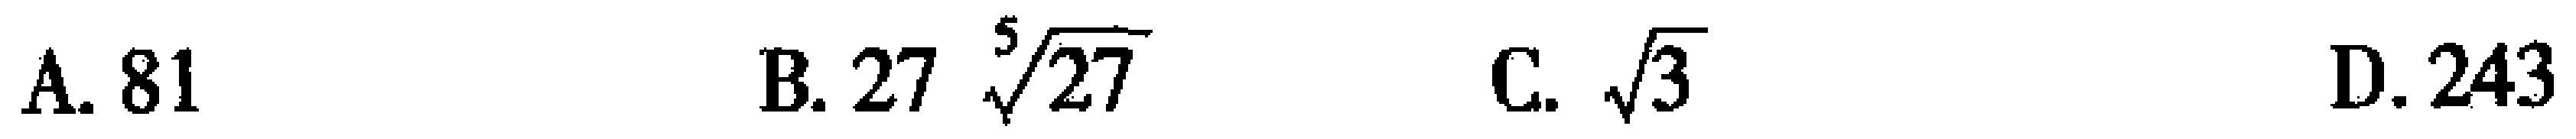
A. \(81\)  B. \(27\sqrt[5]{27}\)  C. \(\sqrt{3}\)  D. \(243\)